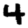
Digit: 4